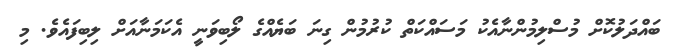
ބައްދަލުކޮށް މުސްލިމުންނާއެކު މަސައްކަތް ކުރުމުން ގިނަ ބަޔެއްގެ ލޯބިވަނީ އެކަމަނާއަށް ލިބިފައެވެ. މި